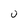
Character: U